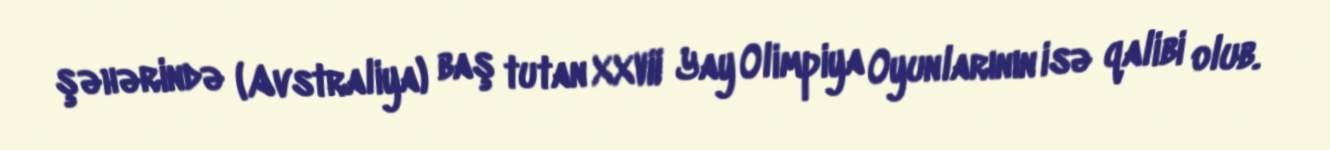
şəhərində (Avstraliya) baş tutan XXVII Yay Olimpiya Oyunlarının isə qalibi olub.